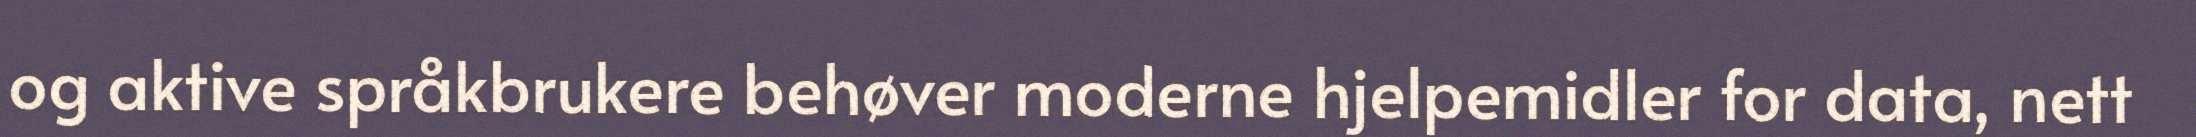
og aktive språkbrukere behøver moderne hjelpemidler for data, nett